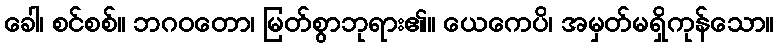
ခေါ၊ စင်စစ်။ ဘဂဝတော၊ မြတ်စွာဘုရား၏။ ယေကေပိ၊ အမှတ်မရှိကုန်သော။